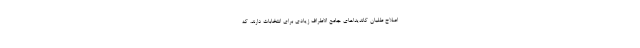
اصلاح طلبان كانديداهاي جامع الاطراف زيادي براي انتخابات دارند، كه